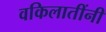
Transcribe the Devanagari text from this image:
वकिलातींनी